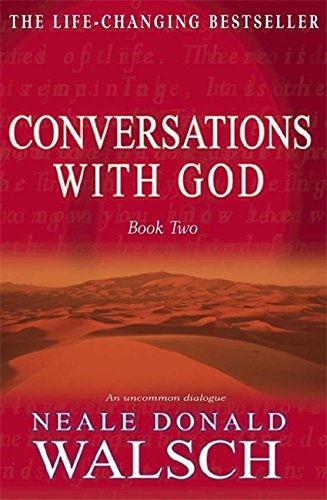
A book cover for Conversations With God: An Uncommon Dialogue (Bk.2); Neale Donald Walsch; Religion & Spirituality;